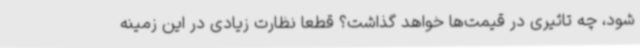
شود، چه تاثیری در قیمت‌ها خواهد گذاشت؟ قطعا نظارت زیادی در این زمینه